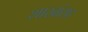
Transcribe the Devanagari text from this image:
शाखांसह